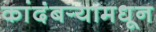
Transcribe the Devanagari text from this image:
कांदंबर्‍यामधून